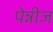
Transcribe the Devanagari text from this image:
पेन्नीज